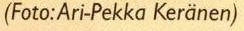
(Foto:Ari-Pekka Keränen)